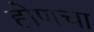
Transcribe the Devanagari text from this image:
होणचा